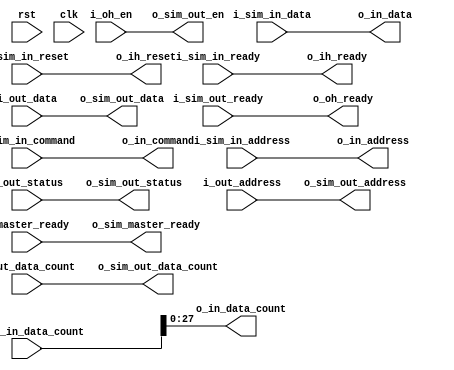
/*
Distributed under the MIT licesnse.
Copyright (c) 2011 Dave McCoy (dave.mccoy@cospandesign.com)

Permission is hereby granted, free of charge, to any person obtaining a copy of
this start_of_frametware and associated documentation files (the "Software"), to deal in
the Software without restriction, including without limitation the rights to
use, copy, modify, merge, publish, distribute, sublicense, and/or sell copies
of the Software, and to permit persons to whom the Software is furnished to do
so, subject to the following conditions:

The above copyright notice and this permission notice shall be included in all
copies or substantial portions of the Software.

THE SOFTWARE IS PROVIDED "AS IS", WITHOUT WARRANTY OF ANY KIND, EXPRESS OR
IMPLIED, INCLUDING BUT NOT LIMITED TO THE WARRANTIES OF MERCHANTABILITY,
FITNESS FOR A PARTICULAR PURPOSE AND NONINFRINGEMENT. IN NO EVENT SHALL THE
AUTHORS OR COPYRIGHT HOLDERS BE LIABLE FOR ANY CLAIM, DAMAGES OR OTHER
LIABILITY, WHETHER IN AN ACTION OF CONTRACT, TORT OR OTHERWISE, ARISING FROM,
OUT OF OR IN CONNECTION WITH THE SOFTWARE OR THE USE OR OTHER DEALINGS IN THE
SOFTWARE.
*/

//ft_master_interface.v

`timescale 1ns/1ps

module sim_interface (
  //boilerplate
  input               rst,
  input               clk,

  //Sim Interface

  output              o_sim_master_ready,
  input               i_sim_in_reset,
  input               i_sim_in_ready,

  input   [31:0]      i_sim_in_command,
  input   [31:0]      i_sim_in_address,
  input   [31:0]      i_sim_in_data,
  input   [31:0]      i_sim_in_data_count,

  input               i_sim_out_ready,
  output              o_sim_out_en,

  output  [31:0]      o_sim_out_status,
  output  [31:0]      o_sim_out_address,
  output  [31:0]      o_sim_out_data,
  output  [27:0]      o_sim_out_data_count,


  //master interface
  input               i_master_ready,
  output  reg         o_ih_reset,
  output  reg         o_ih_ready,

  output  reg [31:0]  o_in_command,
  output  reg [31:0]  o_in_address,
  output  reg [31:0]  o_in_data,
  output  reg [27:0]  o_in_data_count,

  output  reg         o_oh_ready,
  input               i_oh_en,

  input   [31:0]      i_out_status,
  input   [31:0]      i_out_address,
  input   [31:0]      i_out_data,
  input   [27:0]      i_out_data_count
);

//Local Parameters
//Registers/Wires
//Submodules
//Asynchronous Logic
assign  o_sim_master_ready    = i_master_ready;
assign  o_sim_out_en          = i_oh_en;
assign  o_sim_out_status      = i_out_status;
assign  o_sim_out_address     = i_out_address;
assign  o_sim_out_data        = i_out_data;
assign  o_sim_out_data_count  = i_out_data_count;



//Synchronous Logic
always @ (i_sim_in_reset) begin
    o_ih_reset            = i_sim_in_reset;
end
always @ (i_sim_in_ready) begin
    o_ih_ready            =  i_sim_in_ready;
end
always @ (i_sim_in_command) begin
    o_in_command          = i_sim_in_command;
end
always @ (i_sim_in_address) begin
    o_in_address          = i_sim_in_address;
end
always @ (i_sim_in_data) begin
    o_in_data             = i_sim_in_data;
end
always @ (i_sim_in_data_count) begin
    o_in_data_count       = i_sim_in_data_count;
end
always @ (i_sim_out_ready) begin
    o_oh_ready            = i_sim_out_ready;
end

endmodule